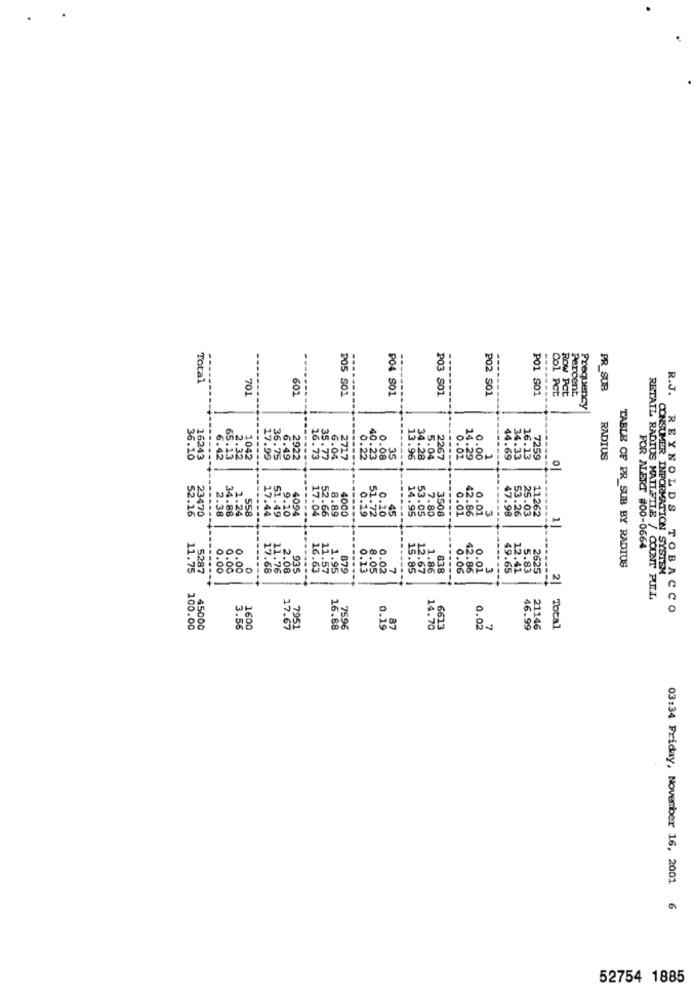
Total
701
601
205 S01
PO4 S01
P03 S01
202 S01
Percent
PR_SUB
R.J.
POI S01
ROW Pct
Frequency
6.42
104
----
36.10
16243
65.15
2.32
17.99
36.75
6.49
2922
16.73
35.77
6.04
2717
40.23
0.08
35
13.96
34.28
5.04
2267
0.02
14.29
44.69
34.33
16.13
7259
RADIUS
0.00
0
52.16
23470
2.38
558
17.44
51.49
9.10
4094
8.89
4000
14.95
53.05
3508
0.01
11262
34.88
1.24
52.66
0:19
51.72
0.10
45
7.80
42.86
.3
53.26
25.03
FOR ALERT #00-0664
TABLE OF PR SUB BY RADIUS
11.75
5287
0.00
0.00
0.00
17.68
11.76
2.08
935
16.63
11.57
1.95
879
0.13
8.05
0.02
15.85
12.67
1.86
838
0.06
42.86
0.01
3
49.65
5.83
2625
7
-
2
CONSUMER INFORMATION SYSTEM
RETAIL RADIUS MATIFILE / COUNT PULL
REYNOLDS TOBACCO
100.00
45000
3.56
1600
17.67
16.88
7596
0.19
14.70
6613
0.02
46.99
21146
Total
03:34 Friday, November 16, 2001 6
52754 1885